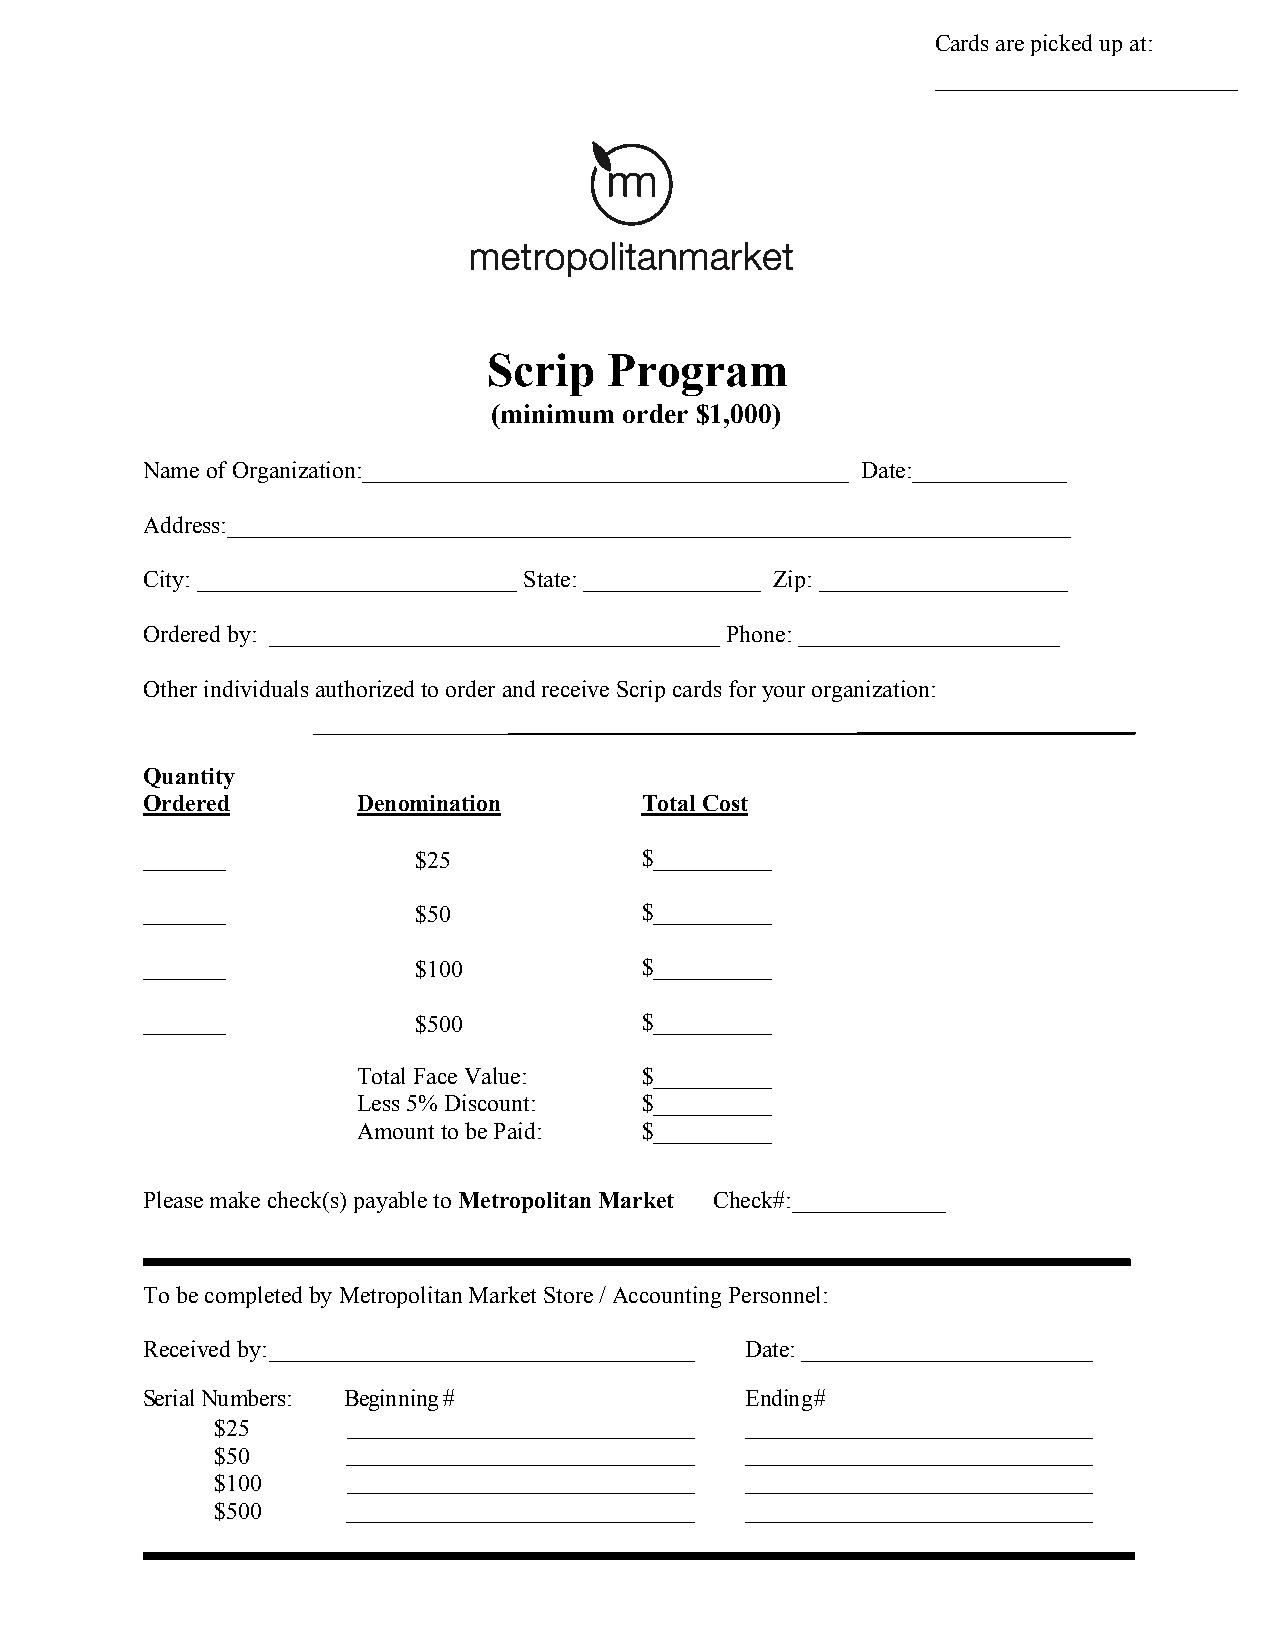
Cards are picked up at:
 Scrip   Program
 (minimum order $1,000)
 Name of Organization:_________________________________________ Date:_____________
 Address:_______________________________________________________________________
 City: ___________________________ State: _______________ Zip: _____________________
 Ordered by: ______________________________________ Phone: ______________________
 Other individuals authorized to order and receive Scrip cards for your organization:
 Quantity
 Ordered        Denomination      Total Cost
 _______            $25           $__________
 _______            $50           $__________
 _______            $100          $__________
 _______            $500          $__________
 Total Face Value: $__________
 Less 5% Discount: $__________
 Amount to be Paid: $__________
 Please make check(s) payable to Metropolitan Market Check#:_____________
 To be completed by Metropolitan Market Store / Accounting Personnel:
 Received by:                            Date:
 Serial Numbers: Beginning#              Ending #
 $25
 $50
 $100
 $500